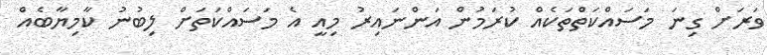
ވަރަށް ގިނަ މަސައްކަތްތަކެއް ކުރަމުން އަންނައިރު މިއީ އެ މަސައްކަތަށް ލިބުނު ކާމިޔާބެއް